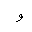
Letter: _waw